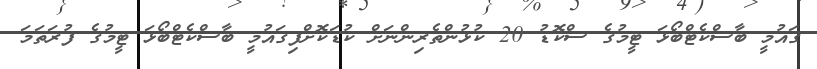
ގައުމީ ބާސްކެޓްބޯޅަ ޓީމުގެ ސްކޮޑު 20 ކުޅުންތެރިންނަށް ކުޑަކޮށްފިގައުމީ ބާސްކެޓްބޯޅަ ޓީމުގެ ފުރަތަމަ